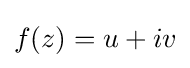
f(z)=u+iv